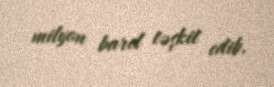
milyon barel təşkil edib.